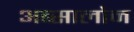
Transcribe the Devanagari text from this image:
अब्सालोन